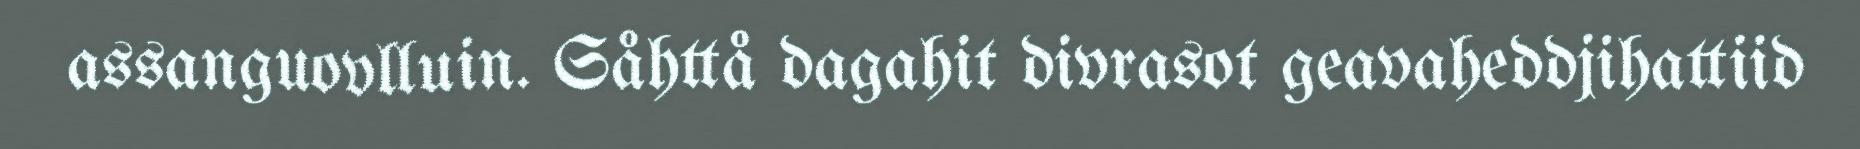
assanguovlluin. Såhttå dagahit divrasot geavaheddjihattiid